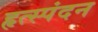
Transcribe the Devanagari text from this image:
हृत्स्पंदन